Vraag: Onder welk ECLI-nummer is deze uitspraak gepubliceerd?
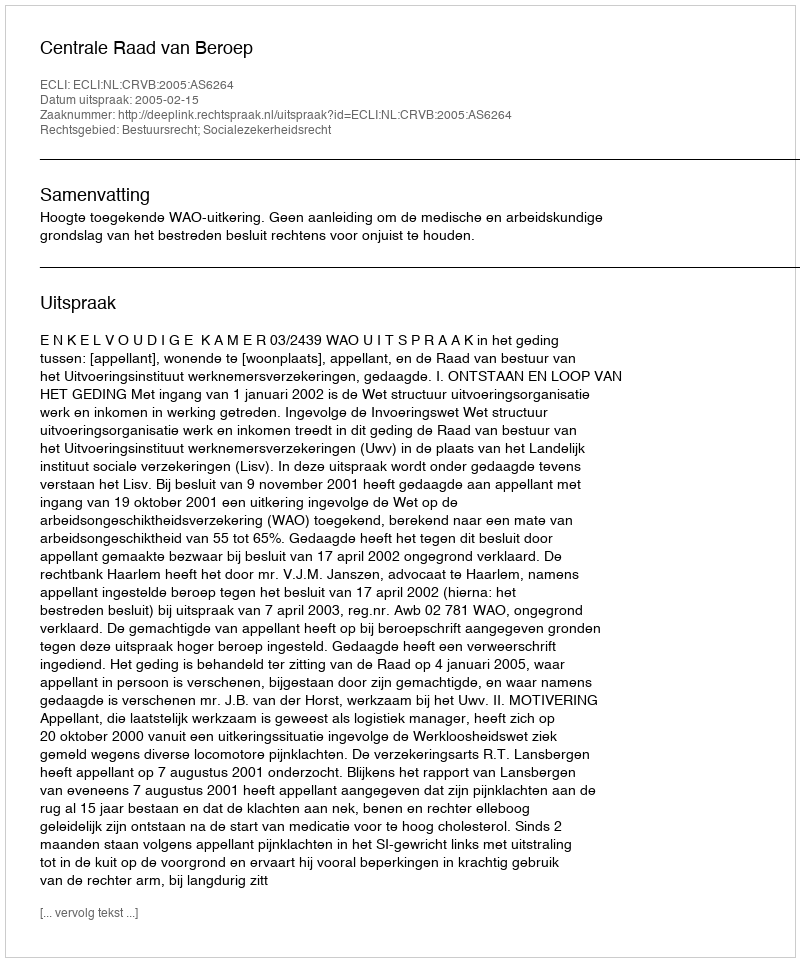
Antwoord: ECLI:NL:CRVB:2005:AS6264